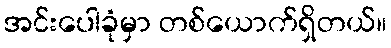
အင်းပေါခုံမှာ တစ်ယောက်ရှိတယ်။